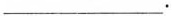
___.